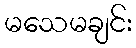
မသေမချင်း